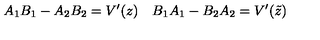
A _ { 1 } B _ { 1 } - A _ { 2 } B _ { 2 } = V ^ { \prime } ( z ) \quad B _ { 1 } A _ { 1 } - B _ { 2 } A _ { 2 } = V ^ { \prime } ( \tilde { z } )